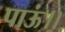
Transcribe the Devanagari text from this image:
पाऊं।।